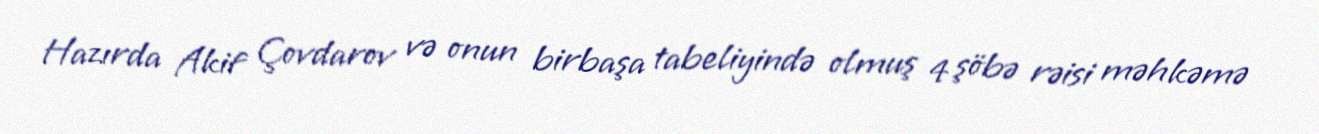
Hazırda Akif Çovdarov və onun birbaşa tabeliyində olmuş 4 şöbə rəisi məhkəmə